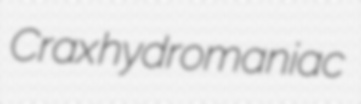
Crax hydromaniac